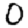
Digit: 0